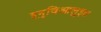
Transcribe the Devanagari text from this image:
इनुविआलुइत